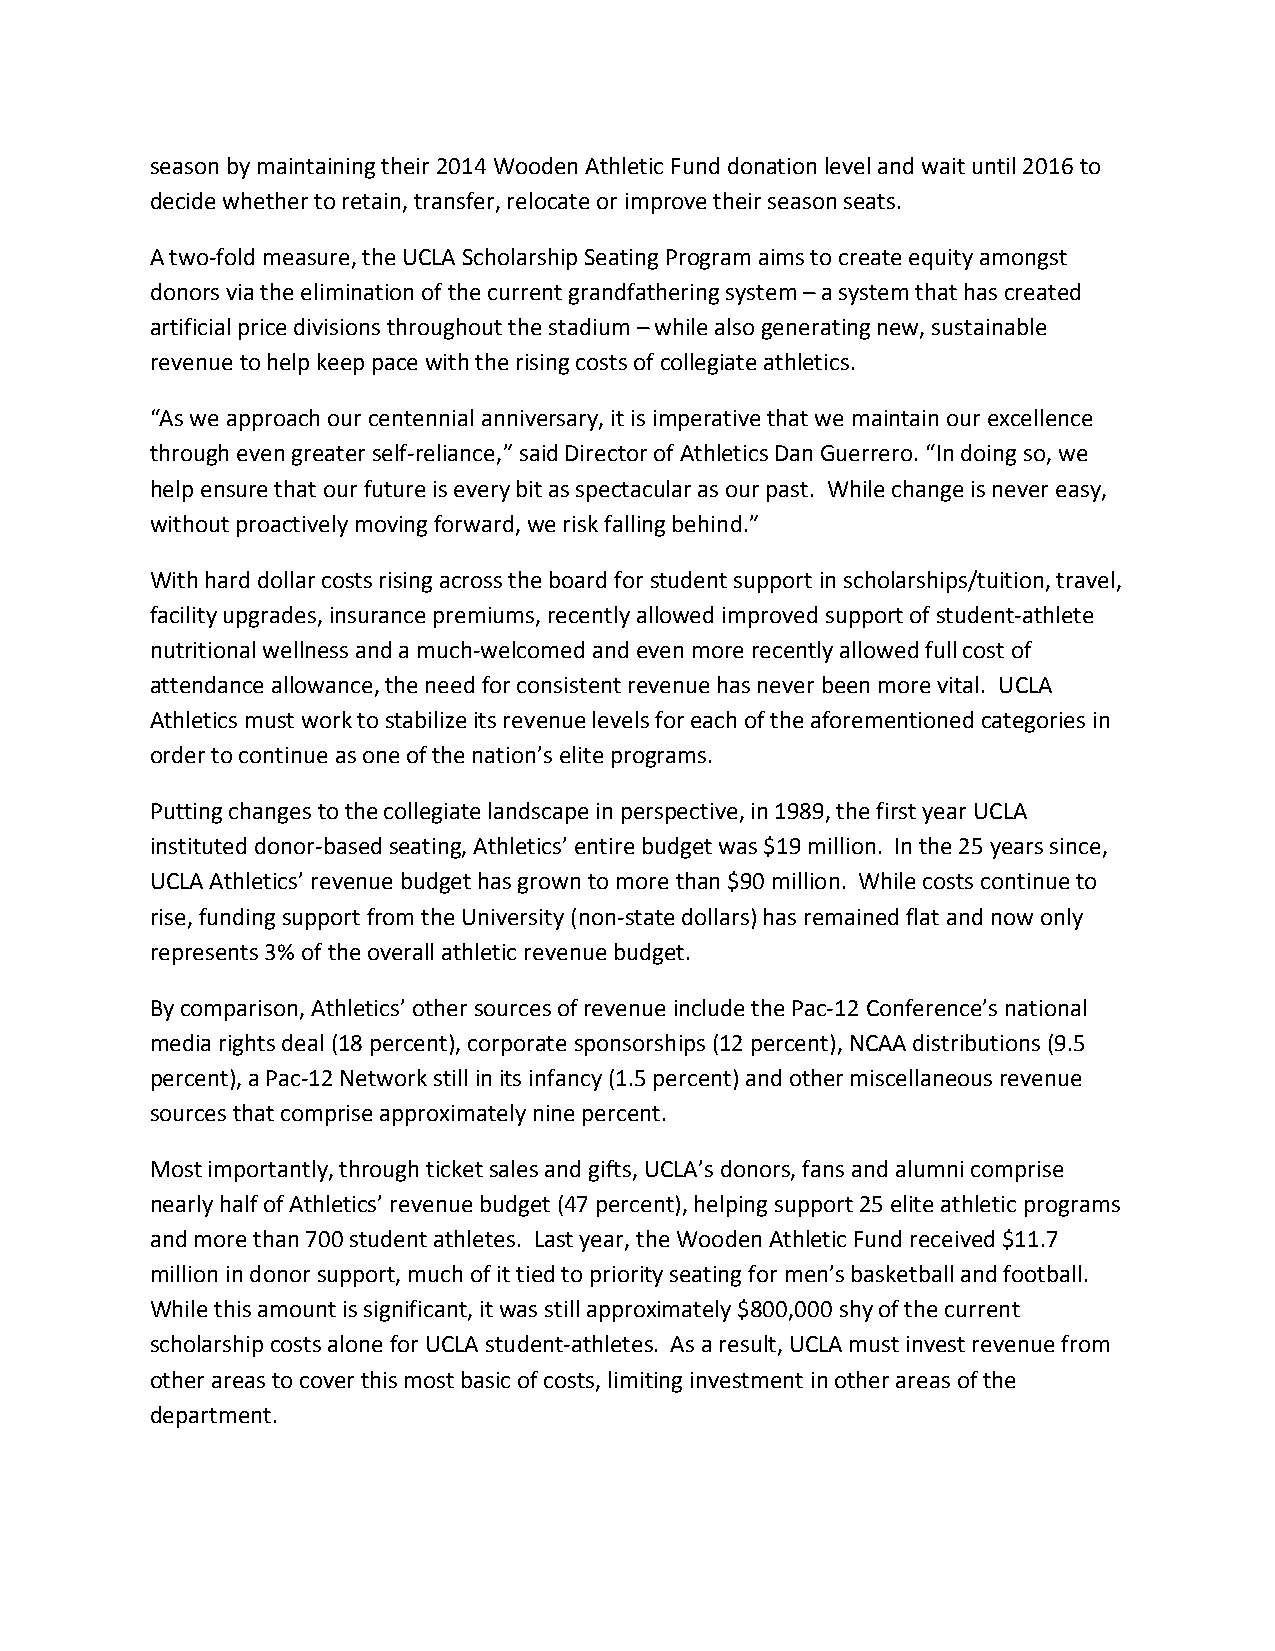
season by maintaining their 2014 Wooden Athletic Fund donation level and wait until 2016 to
 decide whether to retain, transfer, relocate or improve their season seats.
 A two-fold measure, the UCLA Scholarship Seating Program aims to create equity amongst
 donors via the elimination of the current grandfathering system – a system that has created
 artificial price divisions throughout the stadium – while also generating new, sustainable
 revenue to help keep pace with the rising costs of collegiate athletics.
 “As we approach our centennial anniversary, it is imperative that we maintain our excellence
 through even greater self-reliance,” said Director of Athletics Dan Guerrero. “In doing so, we
 help ensure that our future is every bit as spectacular as our past. While change is never easy,
 without proactively moving forward, we risk falling behind.”
 With hard dollar costs rising across the board for student support in scholarships/tuition, travel,
 facility upgrades, insurance premiums, recently allowed improved support of student-athlete
 nutritional wellness and a much-welcomed and even more recently allowed full cost of
 attendance allowance, the need for consistent revenue has never been more vital. UCLA
 Athletics must work to stabilize its revenue levels for each of the aforementioned categories in
 order to continue as one of the nation’s elite programs.
 Putting changes to the collegiate landscape in perspective, in 1989, the first year UCLA
 instituted donor-based seating, Athletics’ entire budget was $19 million. In the 25 years since,
 UCLA Athletics’ revenue budget has grown to more than $90 million. While costs continue to
 rise, funding support from the University (non-state dollars) has remained flat and now only
 represents 3% of the overall athletic revenue budget.
 By comparison, Athletics’ other sources of revenue include the Pac-12 Conference’s national
 media rights deal (18 percent), corporate sponsorships (12 percent), NCAA distributions (9.5
 percent), a Pac-12 Network still in its infancy (1.5 percent) and other miscellaneous revenue
 sources that comprise approximately nine percent.
 Most importantly, through ticket sales and gifts, UCLA’s donors, fans and alumni comprise
 nearly half of Athletics’ revenue budget (47 percent), helping support 25 elite athletic programs
 and more than 700 student athletes. Last year, the Wooden Athletic Fund received $11.7
 million in donor support, much of it tied to priority seating for men’s basketball and football.
 While this amount is significant, it was still approximately $800,000 shy of the current
 scholarship costs alone for UCLA student-athletes. As a result, UCLA must invest revenue from
 other areas to cover this most basic of costs, limiting investment in other areas of the
 department.